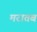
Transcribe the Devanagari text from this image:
मरातब